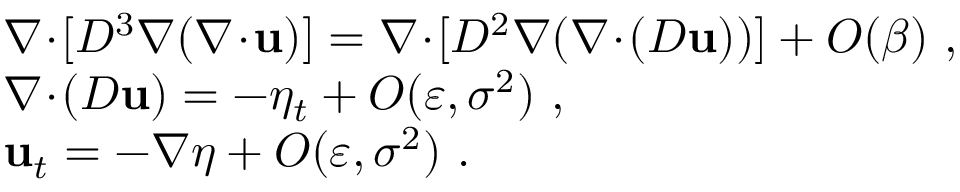
\begin{array} { r l } & { \nabla \! \cdot \! [ D ^ { 3 } \nabla ( \nabla \! \cdot \! \mathbf { u } ) ] = \nabla \! \cdot \! [ D ^ { 2 } \nabla ( \nabla \! \cdot \! ( D \mathbf { u } ) ) ] + O ( \beta ) \ , } \\ & { \nabla \! \cdot \! ( D \mathbf { u } ) = - \eta _ { t } + O ( \varepsilon , \sigma ^ { 2 } ) \ , } \\ & { \mathbf { u } _ { t } = - \nabla \eta + O ( \varepsilon , \sigma ^ { 2 } ) \ . } \end{array}